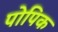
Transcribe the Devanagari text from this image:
पोपिक